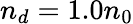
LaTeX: n_{d}=1.0n_{0}